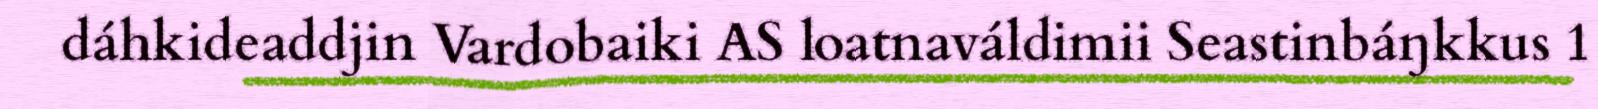
dáhkideaddjin Vardobaiki AS loatnaváldimii Seastinbáŋkkus 1